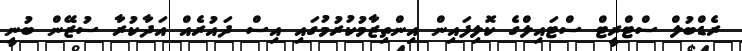
ރެޑްބުލް ސްޓްރީޓް ސްޓައިލްގެ ކޮލިފައިން އިންތިޒާމުކުރުމުގައި އިސް ދައުރެއް އަދާކުރާ ސުޒޭން ބުނީ